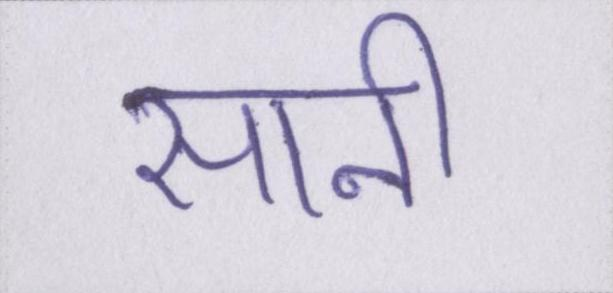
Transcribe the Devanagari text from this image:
सानी